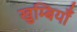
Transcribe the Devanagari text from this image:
खुम्बियाँ